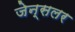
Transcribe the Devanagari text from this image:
जेन्सलर